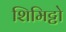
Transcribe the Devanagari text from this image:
शिमिट्टो